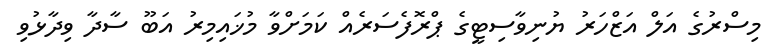
މިސްރުގެ އަލް އަޒްހަރު ޔުނިވާސިޓީގެ ޕްރޮފެސަރެއް ކަމަށްވާ މުޚައިމިރު އަބޫ ސާދާ ވިދާޅުވި